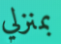
بمنزلي